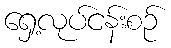
ရှေ့လုပ်ငန်းစဉ်